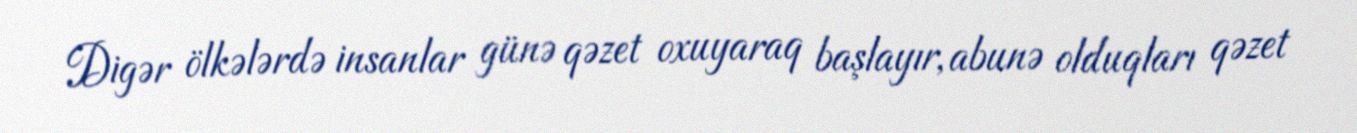
Digər ölkələrdə insanlar günə qəzet oxuyaraq başlayır, abunə olduqları qəzet